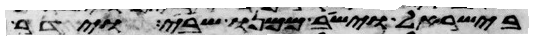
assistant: בישראל וישב ממנו שבי וידר